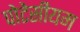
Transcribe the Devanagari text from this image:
पोटेसीयम